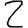
Digit: 2